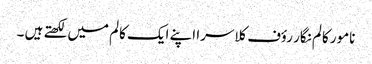
نامور کالم نگار رؤف کلاسرا اپنے ایک کالم میں لکھتے ہیں ۔